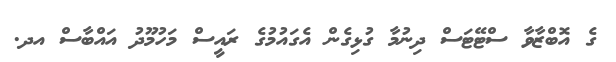
ގެ އޮބްޒާވާ ސްޓޭޓަސް ދިނުމާ ގުޅިގެން އެގައުމުގެ ރައީސް މަހުމޫދު އައްބާސް އދ.